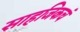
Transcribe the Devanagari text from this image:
साहजिकचं